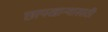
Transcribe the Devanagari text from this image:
छापखान्यासाठी